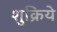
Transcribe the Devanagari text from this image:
शुक्रिये